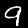
Label: 9